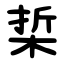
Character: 梊